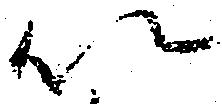
以